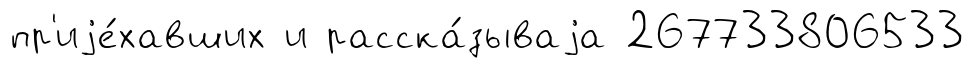
пр'иjе́хавших и расска́зываjа 267733806533